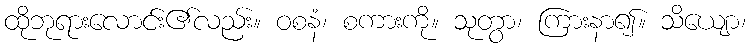
ထိုဘုရားလောင်း၏လည်း။ ဝစနံ၊ စကားကို။ သုတွာ၊ ကြားနာ၍။ သိယျော၊